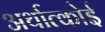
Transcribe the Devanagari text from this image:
अर्थात्कोई